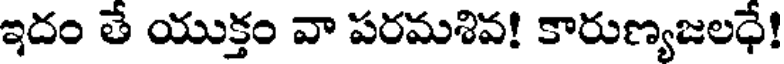
ఇదం తే యుక్తం వా పరమశివ! కారుణ్యజలధే!